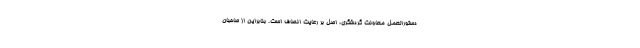
دستورالعمل معاونت گردشگری، اصل بر رعایت انصاف است. بنابراین از صاحبان